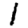
Digit: 1